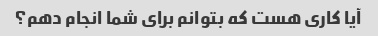
آیا کاری هست که بتوانم برای شما انجام دهم؟